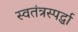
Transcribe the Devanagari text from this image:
स्वतंत्रस्पर्द्धा